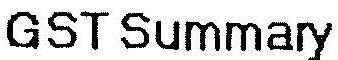
GST SUMMARY